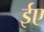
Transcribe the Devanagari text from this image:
ईए